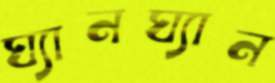
ঘ্যানঘ্যান